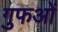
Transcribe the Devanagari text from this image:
गुफओं